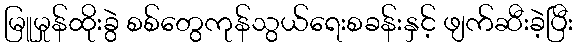
မြူမှုန်ထိုးခွဲ စစ်တွေကုန်သွယ်ရေးစခန်းနှင့် ဖျက်ဆီးခဲ့ပြီး